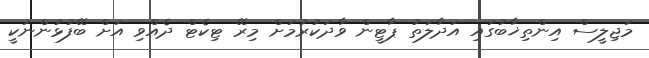
މަޖިލީސް އިންތިޚާބުގައި އަދާލަތު ޕާޓީން ވާދަކުރުމަށް މިރޭ ޓިކެޓް ދެއްވި އަށް ބޭފުޅުންނަކީ